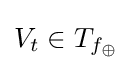
V_{t}\in T_{f_{\oplus }}